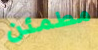
مطمئن